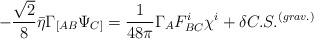
\begin{align*}-{\sqrt 2\over 8}\bar\eta \Gamma_{[AB}\Psi_{C]}=\frac{1}{48\pi}\Gamma_A F^i_{BC}\chi^i+\delta C.S.^{(grav.)}\end{align*}